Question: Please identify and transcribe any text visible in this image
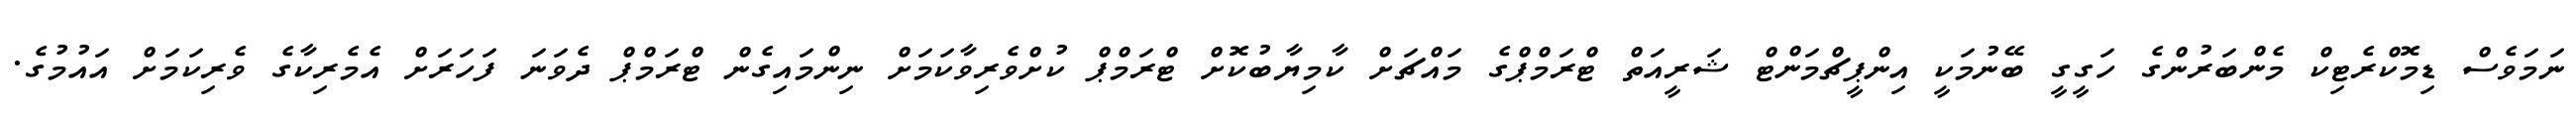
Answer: ނަމަވެސް ޑިމޮކްރެޓިކް މެންބަރުންގެ ހަގީގީ ބޭނުމަކީ އިންޕީޗްމަންޓް ޝަރީއަތް ޓްރަމްޕްގެ މައްޗަށް ކާމިޔާބުކޮށް ޓްރަމްޕް ކުށްވެރިވާކަމަށް ނިންމައިގެން ޓްރަމްޕް ދެވަނަ ފަހަރަށް އެމެރިކާގެ ވެރިކަމަށް އައުމުގެ.